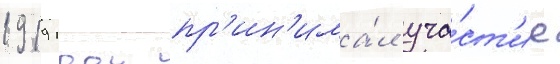
1919 году пр'ин'има́л уча́ст'ие